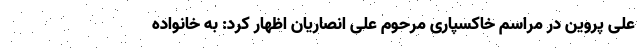
علی پروین در مراسم خاکسپاری مرحوم علی انصاریان اظهار کرد: به خانواده